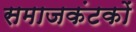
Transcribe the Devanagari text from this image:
समाजकंटकों